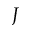
J